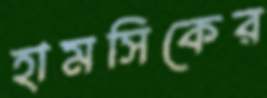
হামসিকের